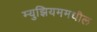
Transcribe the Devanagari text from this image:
म्युझियममधील